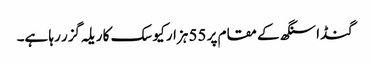
گنڈا سنگھ کے مقام پر 55 ہزار کیوسک کا ریلہ گزر رہا ہے۔